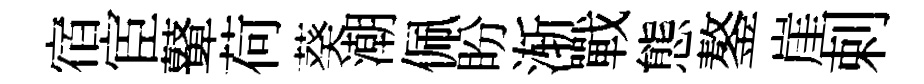
宿宦鼙荷葵潮佩盼渐戰態鏊崖剌